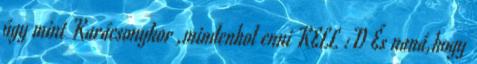
úgy mint Karácsonykor ,mindenhol enni KELL :D És naná,hogy